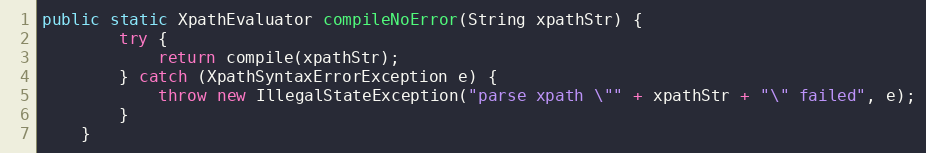
Language: Java
public static XpathEvaluator compileNoError(String xpathStr) {
        try {
            return compile(xpathStr);
        } catch (XpathSyntaxErrorException e) {
            throw new IllegalStateException("parse xpath \"" + xpathStr + "\" failed", e);
        }
    }